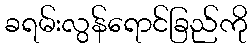
ခရမ်းလွန်ရောင်ခြည်ကို